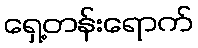
ရှေ့တန်းရောက်